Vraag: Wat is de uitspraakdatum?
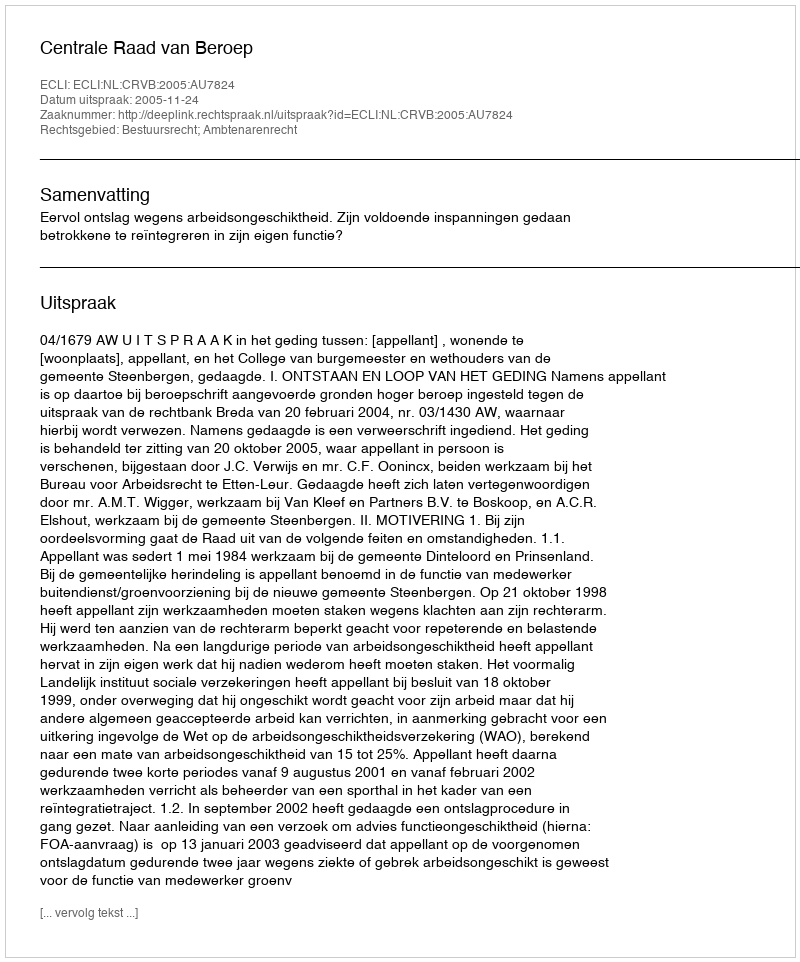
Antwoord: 2005-11-24